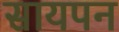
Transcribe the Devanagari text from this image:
सायपन